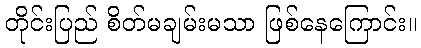
တိုင်းပြည် စိတ်မချမ်းမသာ ဖြစ်နေကြောင်း။